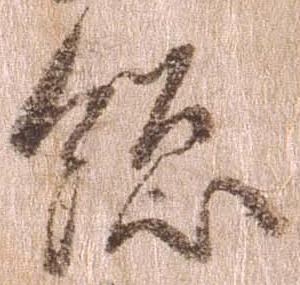
総